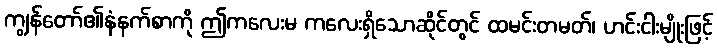
ကျွန်တော်၏နံနက်စာကို ဤကလေးမ ကလေးရှိသောဆိုင်တွင် ထမင်းတမတ်၊ ဟင်းငါးမျိုးဖြင့်